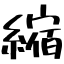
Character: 縮